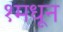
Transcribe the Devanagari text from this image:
१मधून